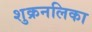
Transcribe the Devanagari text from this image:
शुक्रनलिका